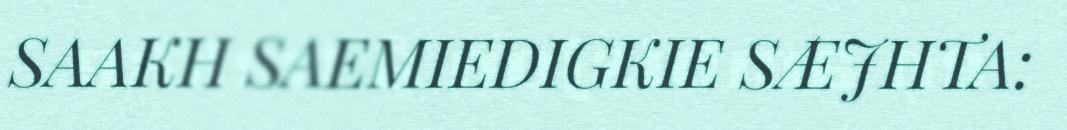
SAAKH SAEMIEDIGKIE SÆJHTA: